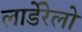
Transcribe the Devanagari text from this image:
लार्डेरेलो